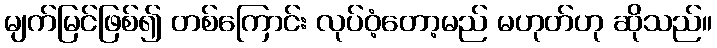
မျက်မြင်ဖြစ်၍ တစ်ကြောင်း လုပ်ဝံ့တော့မည် မဟုတ်ဟု ဆိုသည်။